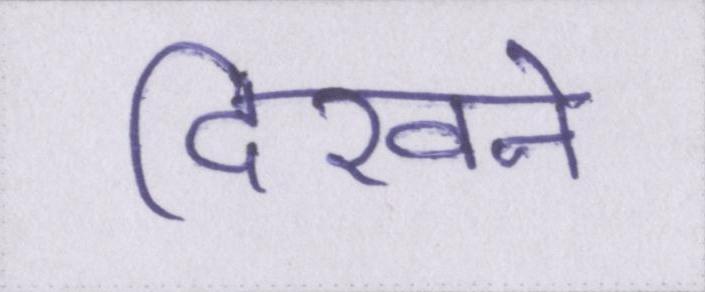
दिखने